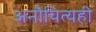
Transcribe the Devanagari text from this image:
अनौचित्यही